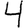
Digit: 4